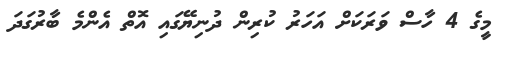
މީގެ 4 ހާސް ވަރަކަށް އަހަރު ކުރިން ދުނިޔޭގައި އޮތް އެންމެ ބާރުގަދަ